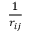
\frac { 1 } { r _ { i j } }